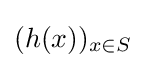
(h(x))_{x\in S}